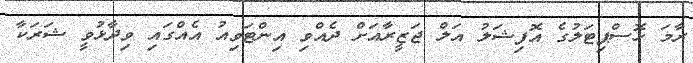
ރާމަ ހޮސްޕިޓަލުގެ އޮފިޝަލު އަލް ޖަޒީރާއަށް ދެއްވި އިންޓަވިއު އެއްގައި ވިދާޅުވީ ޝަރަކާ